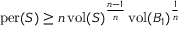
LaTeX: \mathrm { p e r } ( S ) \geq n \, \mathrm { v o l } ( S ) ^ { \frac { n - 1 } { n } } \, \mathrm { v o l } ( B _ { 1 } ) ^ { \frac { 1 } { n } }